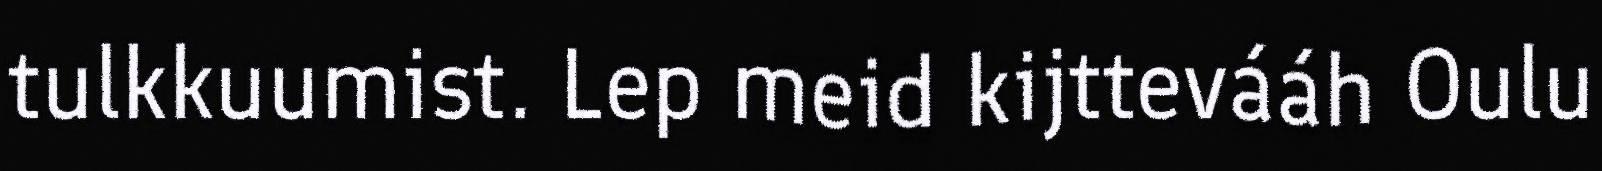
tulkkuumist. Lep meid kijttevááh Oulu